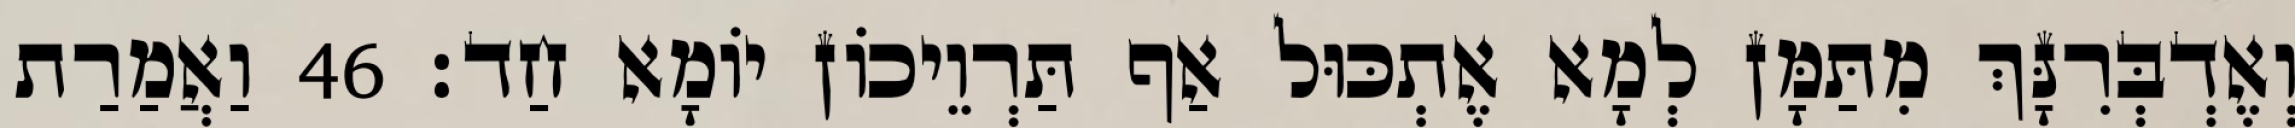
וְאֶדְבְּרִנָּךְ מִתַּמָּן לְמָא אֶתְכּוּל אַף תַּרְוֵיכוֹן יוֹמָא חַד׃ 46 וַאֲמַרַת